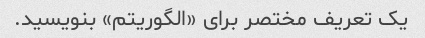
یک تعریف مختصر برای «الگوریتم» بنویسید.